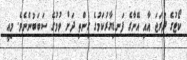
ކޯޓުގެ ދަރަޖަ އާއި އޭނާގެ ފަނޑިޔާރުކަމުގެ ގިންތި ދަށް ވުމުގެ ސަބަބުންނެވެ. މިއީ